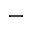
-